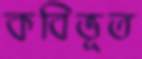
কবিভূত